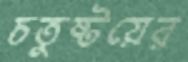
চতুষ্টয়ের